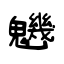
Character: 魕